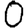
Digit: 0